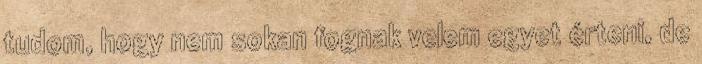
tudom, hogy nem sokan fognak velem egyet érteni, de